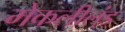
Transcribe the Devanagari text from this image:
मेकलील्ंड